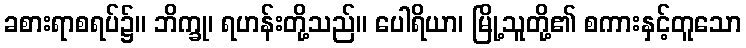
ခစားရာစရပ်၌။ ဘိက္ခု၊ ရဟန်းတို့သည်။ ပေါရိယာ၊ မြို့သူတို့၏ စကားနှင့်တူသော